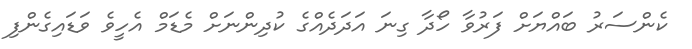
ކެންސަރު ބައްޔަށް ފަރުވާ ހޯދާ ގިނަ އަދަދެއްގެ ކުދިންނަށް މެޑަމް އެހީވެ ވަޑައިގެންފި